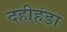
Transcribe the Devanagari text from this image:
दहीहंडा